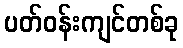
ပတ်ဝန်းကျင်တစ်ခု